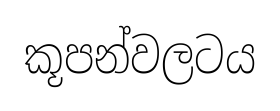
කූපන්වලටය